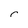
Character: r